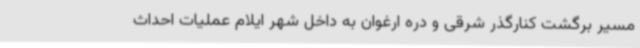
مسیر برگشت کنارگذر شرقی و دره ارغوان به داخل شهر ایلام عملیات احداث